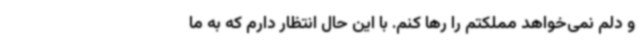
و دلم نمی‌خواهد مملکتم را رها کنم. با این حال انتظار دارم که به ما